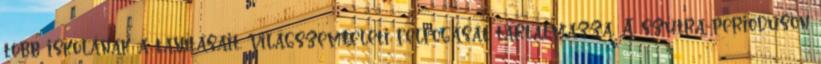
több iskolának a tanításait, világszemléleti felfogását tartalmazza. A szútra-perióduson